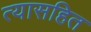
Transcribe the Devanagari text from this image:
त्यासहित